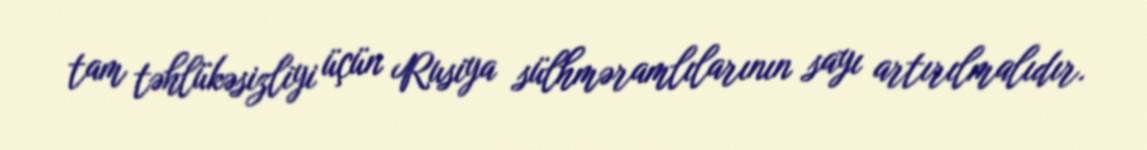
tam təhlükəsizliyi üçün Rusiya sülhməramlılarının sayı artırılmalıdır.